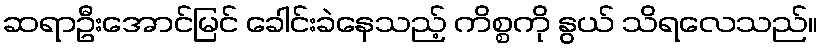
ဆရာဦးအောင်မြင် ခေါင်းခဲနေသည့် ကိစ္စကို နွယ် သိရလေသည်။